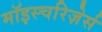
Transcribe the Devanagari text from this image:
मॉइस्चरिज़ेर्स